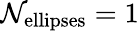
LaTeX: \mathcal{N}_{\mathrm{{ellipses}}}=1